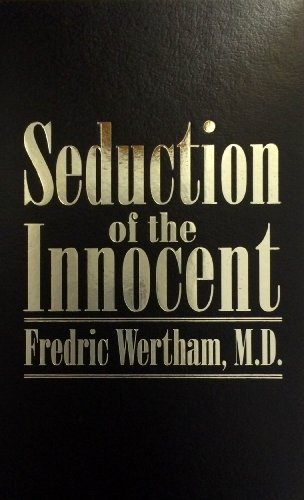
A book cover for Seduction of the Innocent; Frederic Wertham; Comics & Graphic Novels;